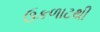
ઉકળાટથી